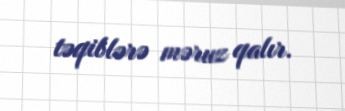
təqiblərə məruz qalır.